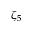
\zeta _ { 5 }